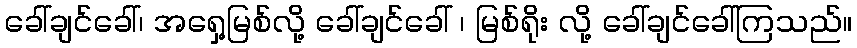
ခေါ်ချင်ခေါ်၊ အရှေ့မြစ်လို့ ခေါ်ချင်ခေါ် ၊ မြစ်ရိုး လို့ ခေါ်ချင်ခေါ်ကြသည်။